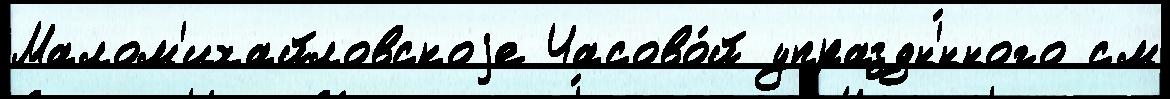
Малом'ихайловскоjе Часово́й упраздн'́нного см